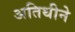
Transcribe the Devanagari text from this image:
अतिथीने